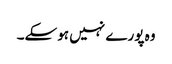
وہ پورے نہیں ہوسکے۔